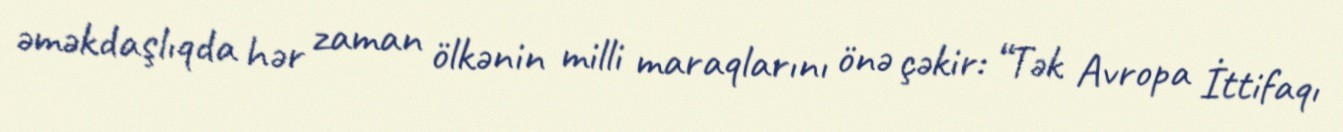
əməkdaşlıqda hər zaman ölkənin milli maraqlarını önə çəkir: “Tək Avropa İttifaqı